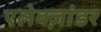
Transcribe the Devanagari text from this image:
एलेक्ज़ांडर